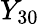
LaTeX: Y_{30}